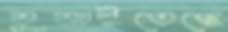
বুঝাইতেছে